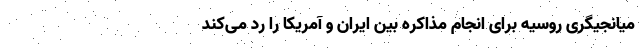
میانجیگری روسیه برای انجام مذاکره بین ایران و آمریکا را رد می‌کند